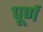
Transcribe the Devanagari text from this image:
पूर्ण